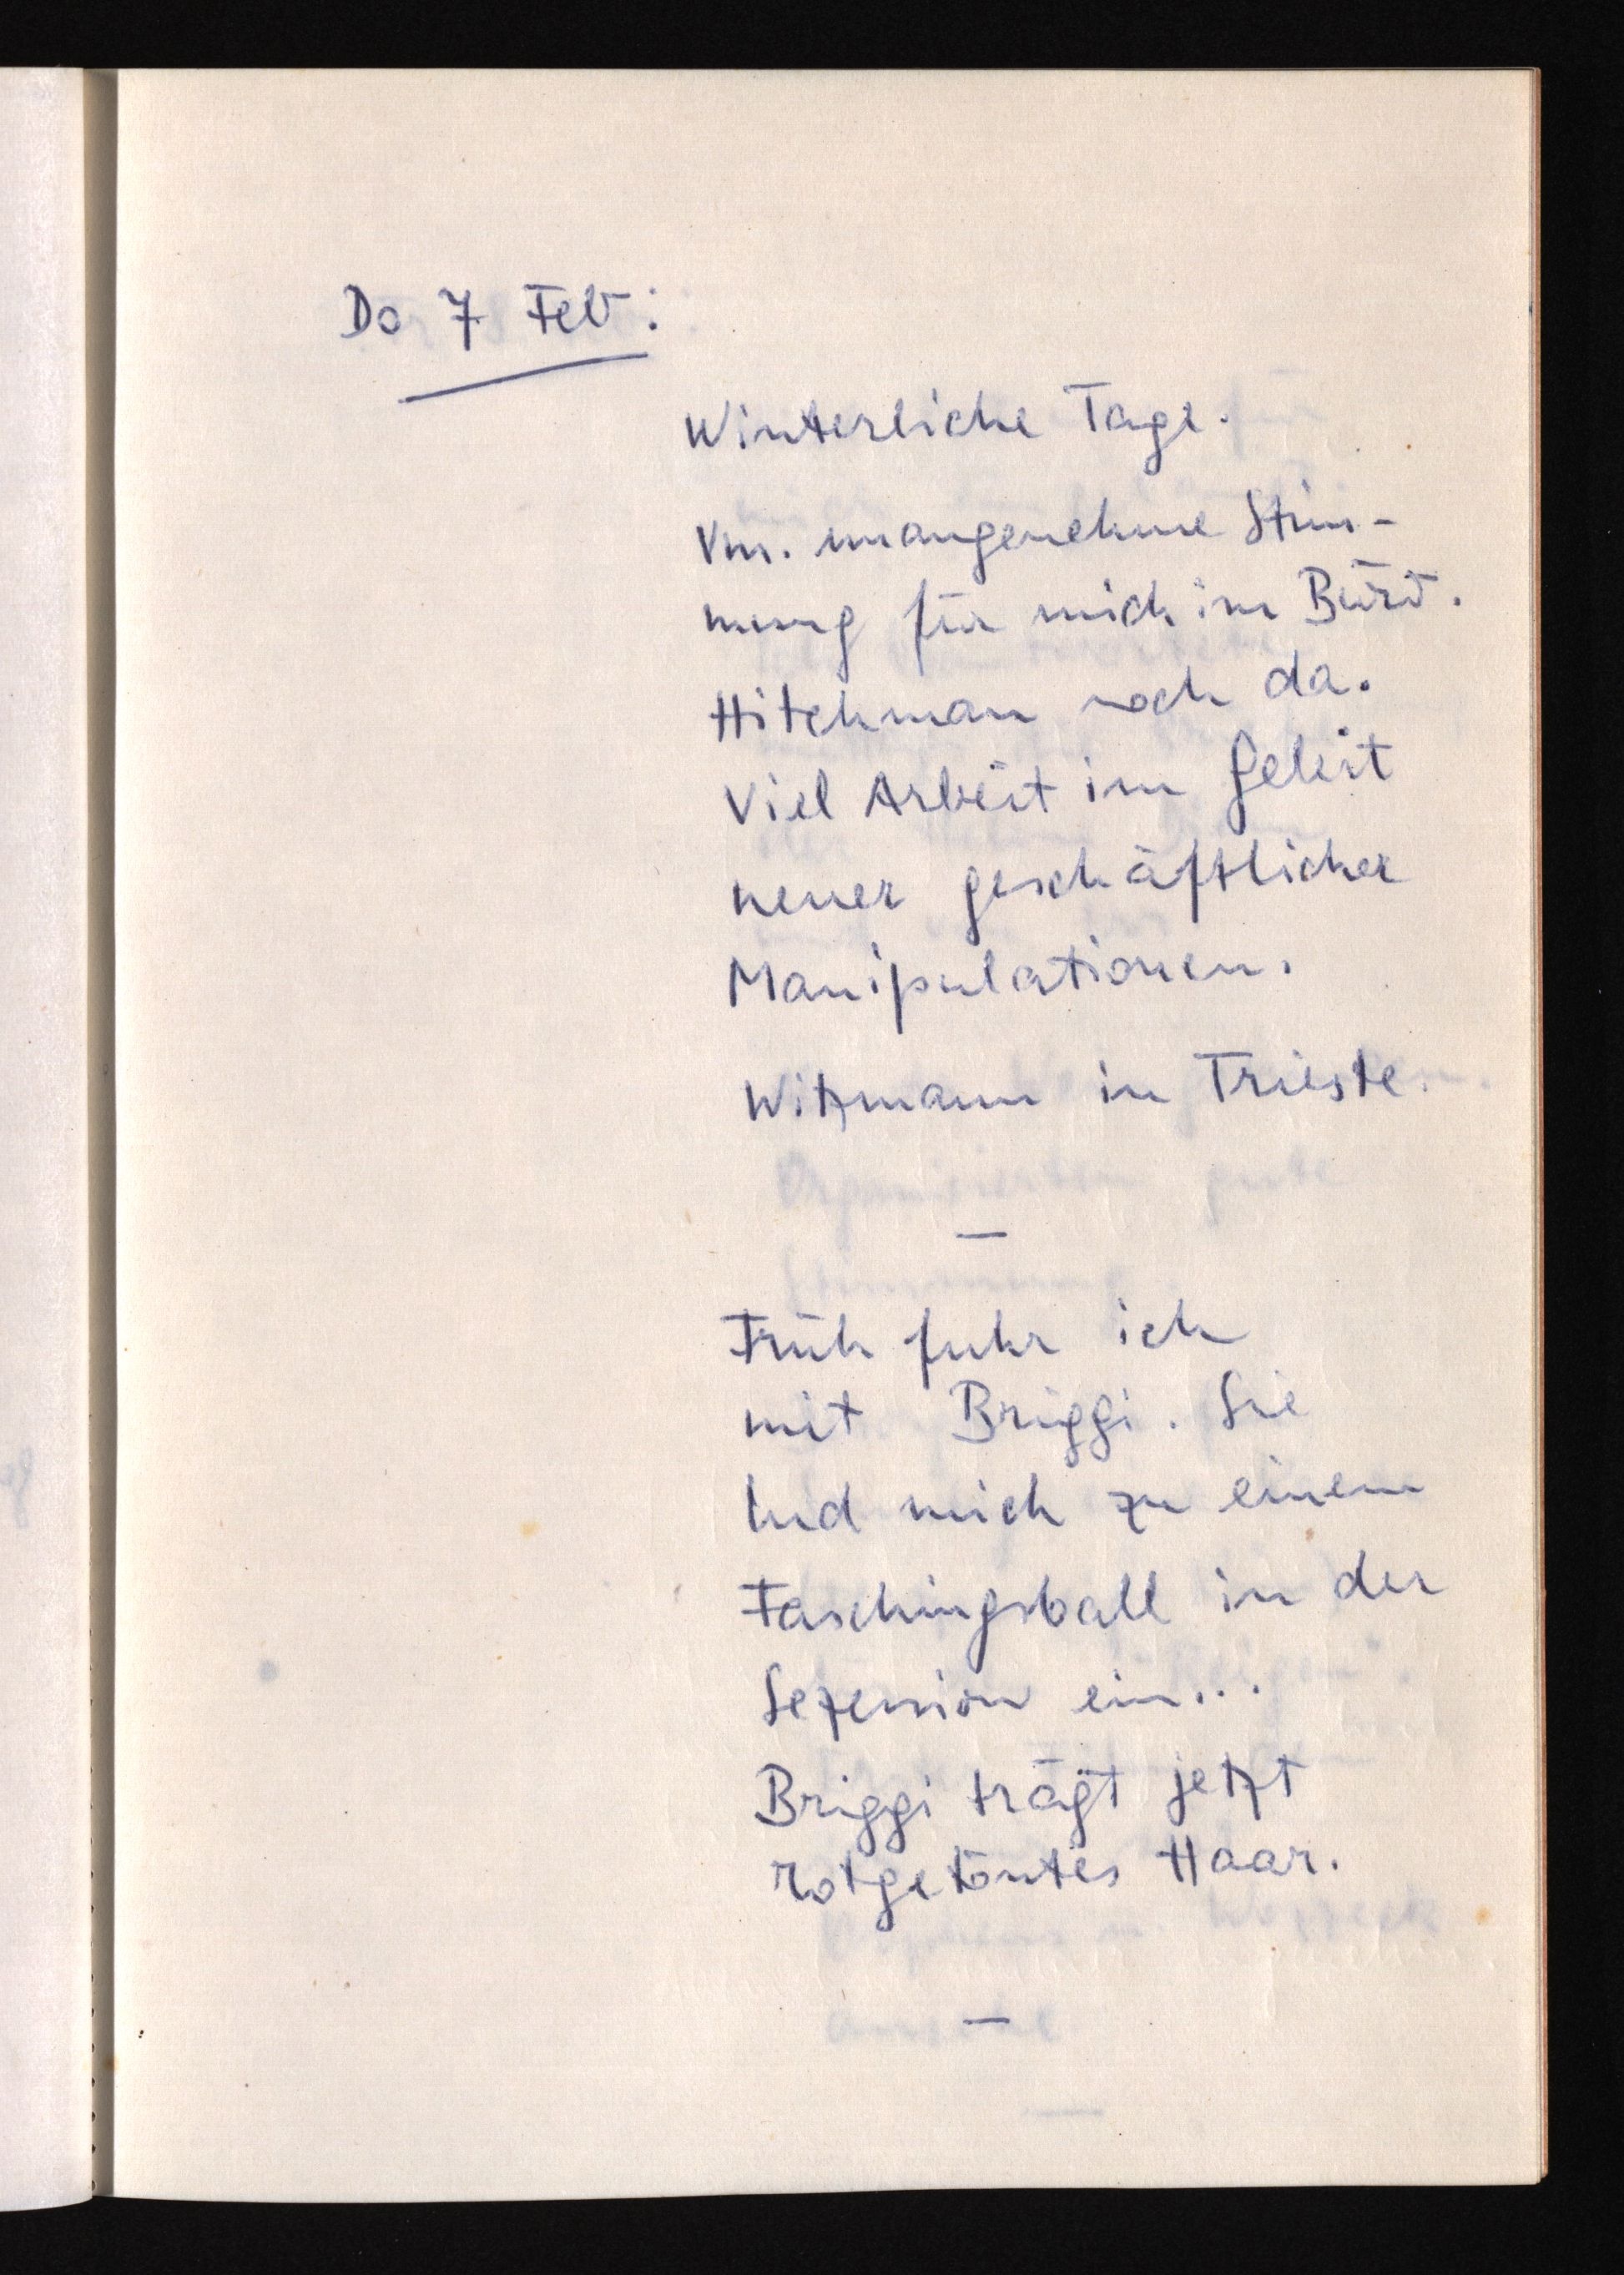
Do 7 Feb:
Winterliche Tage.
Vm. unangenehme Stim¬
mung für mich im Büro.
Hitchman noch da.
Viel Arbeit im Geleit
neuer geschäftlicher
Manipulationen.
Witzmann in Trieste.
Früh fuhr ich
mit Briggi. Sie
lud mich zu einem
Faschingsball in der
Sezession ein ...
Briggi trägt jetzt
rotgetöntes Haar.